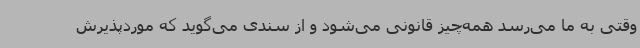
وقتی به ما می‌رسد همه‌چیز قانونی می‌شود و از سندی می‌گوید که موردپذیرش